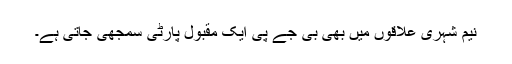
نیم شہری علاقوں میں بھی بی جے پی ایک مقبول پارٹی سمجھی جاتی ہے۔